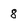
Character: 8